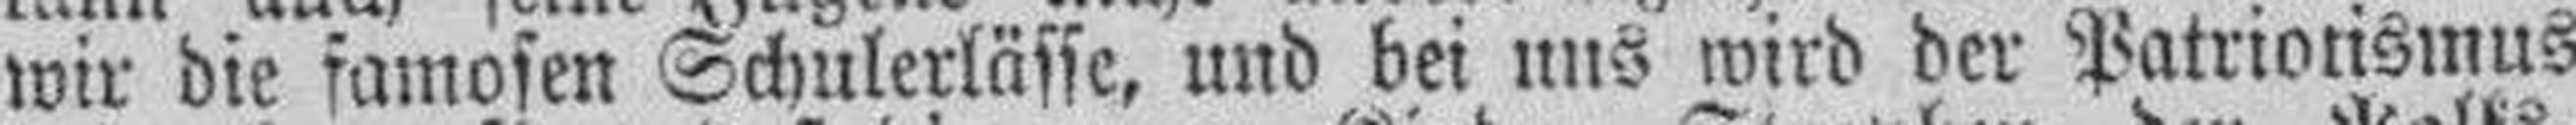
wir die famosen Schulerlässe, und bei uns wird der Patriotismus